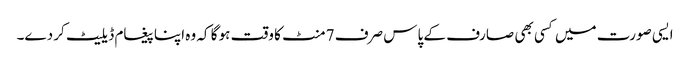
ایسی صورت میں کسی بھی صارف کے پاس صرف 7 منٹ کا وقت ہو گا کہ وہ اپنا پیغام ڈیلیٹ کر دے۔